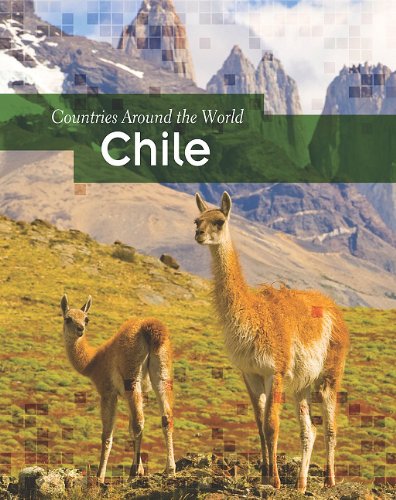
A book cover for Chile (Countries Around the World); Marion Morrison; Children's Books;